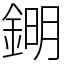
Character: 𨧹